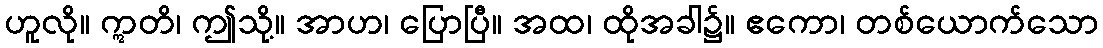
ဟူလို။ ဣတိ၊ ဤသို့။ အာဟ၊ ပြောပြီ။ အထ၊ ထိုအခါ၌။ ဧကော၊ တစ်ယောက်သော